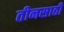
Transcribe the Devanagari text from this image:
तीनसाठी